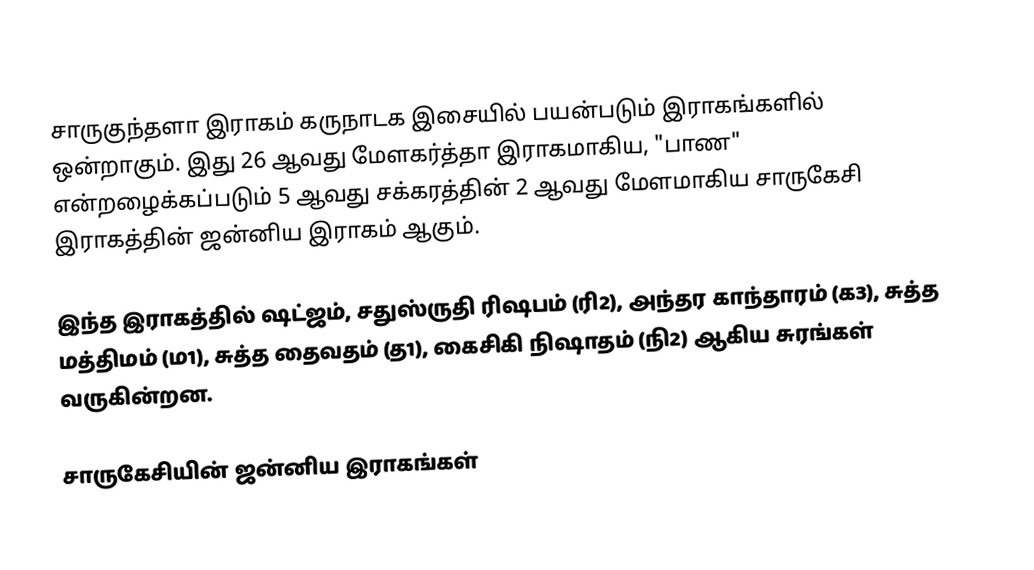
சாருகுந்தளா இராகம் கருநாடக இசையில் பயன்படும் இராகங்களில் ஒன்றாகும். இது 26 ஆவது மேளகர்த்தா இராகமாகிய, "பாண" என்றழைக்கப்படும் 5 ஆவது சக்கரத்தின் 2 ஆவது மேளமாகிய சாருகேசி இராகத்தின் ஜன்னிய இராகம் ஆகும்.

இந்த இராகத்தில் ஷட்ஜம், சதுஸ்ருதி ரிஷபம் (ரி2),  அந்தர காந்தாரம் (க3), சுத்த மத்திமம் (ம1), சுத்த தைவதம் (த1), கைசிகி நிஷாதம்  (நி2) ஆகிய சுரங்கள் வருகின்றன.

சாருகேசியின் ஜன்னிய இராகங்கள்